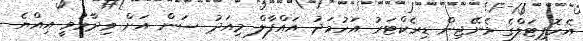
އެހޮޕިޓަލްގެ މެނޭޖިން ޑިރެކްޓަރު އަހުމަދު އައްފާލް މިއަދު ސަން އަށް ވިދާޅުވީ އިއްޔެ